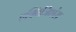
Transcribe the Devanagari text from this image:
एक्विजिशंस